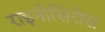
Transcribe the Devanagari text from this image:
राइनोसिरोस